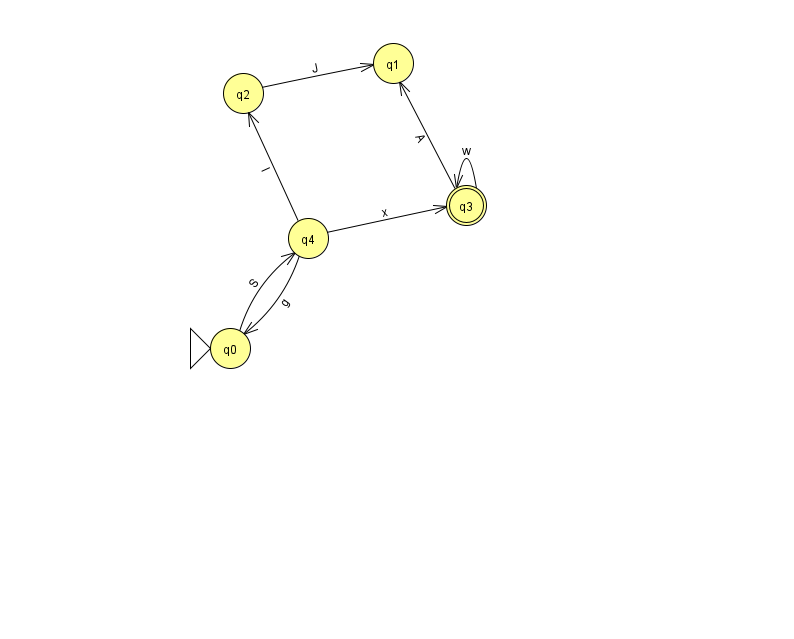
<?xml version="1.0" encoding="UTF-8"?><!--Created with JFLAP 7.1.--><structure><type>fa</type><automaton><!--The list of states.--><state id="0" name="q0"><x>230.0</x><y>335.0</y><initial/></state><state id="1" name="q1"><x>393.0</x><y>50.0</y></state><state id="2" name="q2"><x>243.0</x><y>80.0</y></state><state id="3" name="q3"><x>466.0</x><y>192.0</y><final/></state><state id="4" name="q4"><x>308.0</x><y>225.0</y></state><!--The list of transitions.--><transition><from>2</from><to>1</to><read>J</read></transition><transition><from>3</from><to>1</to><read>A</read></transition><transition><from>4</from><to>3</to><read>x</read></transition><transition><from>3</from><to>3</to><read>w</read></transition><transition><from>0</from><to>4</to><read>S</read></transition><transition><from>4</from><to>2</to><read>I</read></transition><transition><from>4</from><to>0</to><read>g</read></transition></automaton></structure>